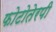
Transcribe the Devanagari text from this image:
फोटोतेरपी